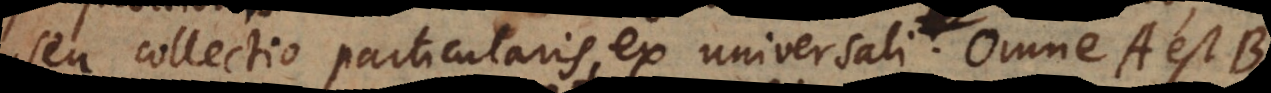
seu collectio particularis ex universali. Omne A est B,